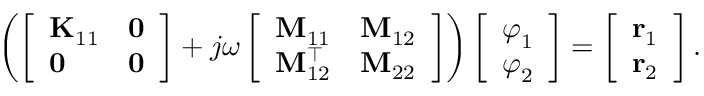
\begin{array} { r } { \left( \left[ \begin{array} { l l } { \mathbf { K } _ { 1 1 } } & { \mathbf { 0 } } \\ { \mathbf { 0 } } & { \mathbf { 0 } } \end{array} \right] + j \omega \left[ \begin{array} { l l } { \mathbf { M } _ { 1 1 } } & { \mathbf { M } _ { 1 2 } } \\ { \mathbf { M } _ { 1 2 } ^ { \top } } & { \mathbf { M } _ { 2 2 } } \end{array} \right] \right) \left[ \begin{array} { l } { \boldsymbol { \varphi } _ { 1 } } \\ { \boldsymbol { \varphi } _ { 2 } } \end{array} \right] = \left[ \begin{array} { l } { \mathbf { r } _ { 1 } } \\ { \mathbf { r } _ { 2 } } \end{array} \right] . } \end{array}